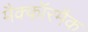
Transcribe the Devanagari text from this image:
मैक्कॉरमैक